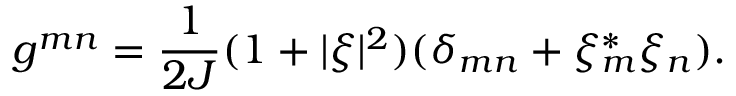
g ^ { m n } = \frac { 1 } { 2 J } ( 1 + \vert \xi \vert ^ { 2 } ) ( \delta _ { m n } + \xi _ { m } ^ { * } \xi _ { n } ) .